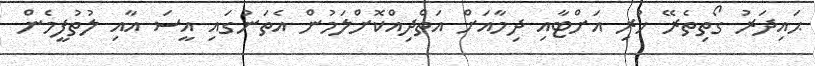
ޙައިދަރު ގޯތިތެރޭ ހުރި އަށްޓާއި ދިމާއަށް އަތްދިއްކޮށްލަމުން އެތަނުގައި އީސަ އާއި ލުތުފީމެން